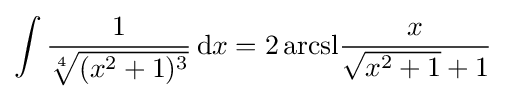
\int {\frac {1}{\sqrt[{4}]{(x^{2}+1)^{3}}}}\,\mathrm {d} x={2\operatorname {arcsl} }{\frac {x}{{\sqrt {x^{2}+1}}+1}}